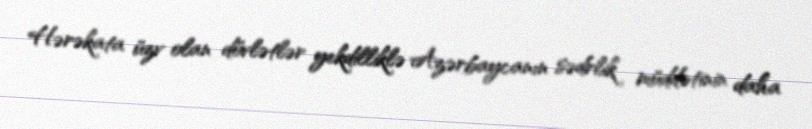
Hərəkata üzv olan dövlətlər yekdilliklə Azərbaycanın sədrlik müddətinin daha